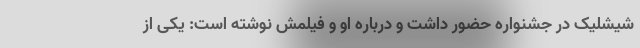
شیشلیک در جشنواره حضور داشت و درباره او و فیلمش نوشته است: یکی از